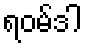
ရဝမ်ဒါ